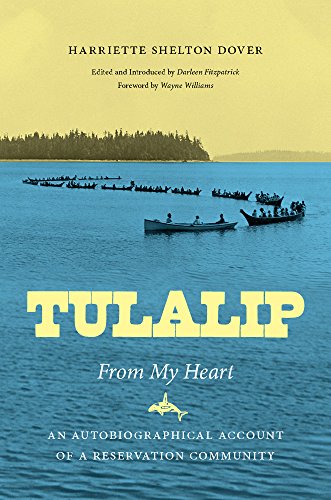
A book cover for Tulalip, From My Heart: An Autobiographical Account of a Reservation Community (Naomi B. Pascal Editor's Endowment); Harriette Dover; Biographies & Memoirs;